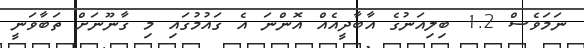
ނަމަވެސް 1.2 ބިލިއަނުގެ އާބާދީއެއް އޮންނަ އެ ގައުމުގައި މި ގާނޫނަށް ތަބާވަނީ